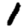
Digit: 1